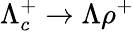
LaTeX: \Lambda_{c}^{+}\to\Lambda\rho^{+}